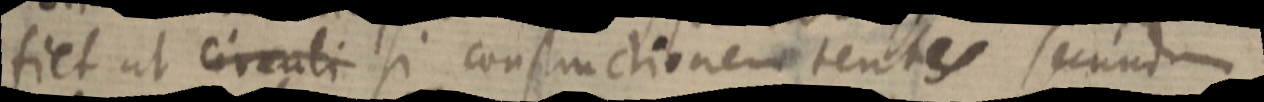
fiet ut circuli si constructionem tentes secundum